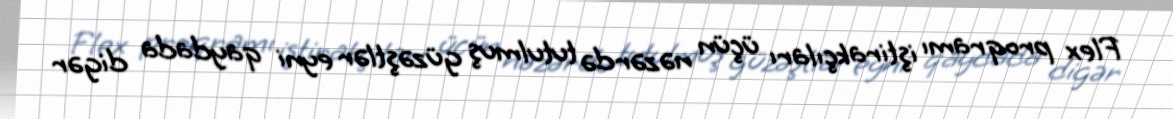
Flex proqramı iştirakçıları üçün nəzərdə tutulmuş güzəştlər eyni qaydada digər